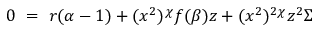
0 ~ = ~ r ( \alpha - 1 ) + ( x ^ { 2 } ) ^ { \chi } f ( \beta ) z + ( x ^ { 2 } ) ^ { 2 \chi } z ^ { 2 } \Sigma